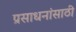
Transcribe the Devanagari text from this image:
प्रसाधनांसाठी